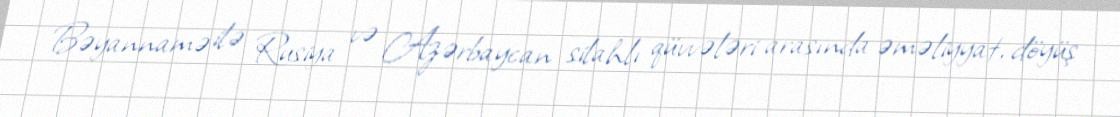
Bəyannamə ilə Rusiya və Azərbaycan silahlı qüvvələri arasında əməliyyat, döyüş